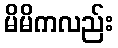
မိမိကလည်း